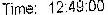
TIME: 12:49:00